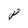
Character: P